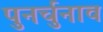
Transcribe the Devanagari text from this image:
पुनर्चुनाव